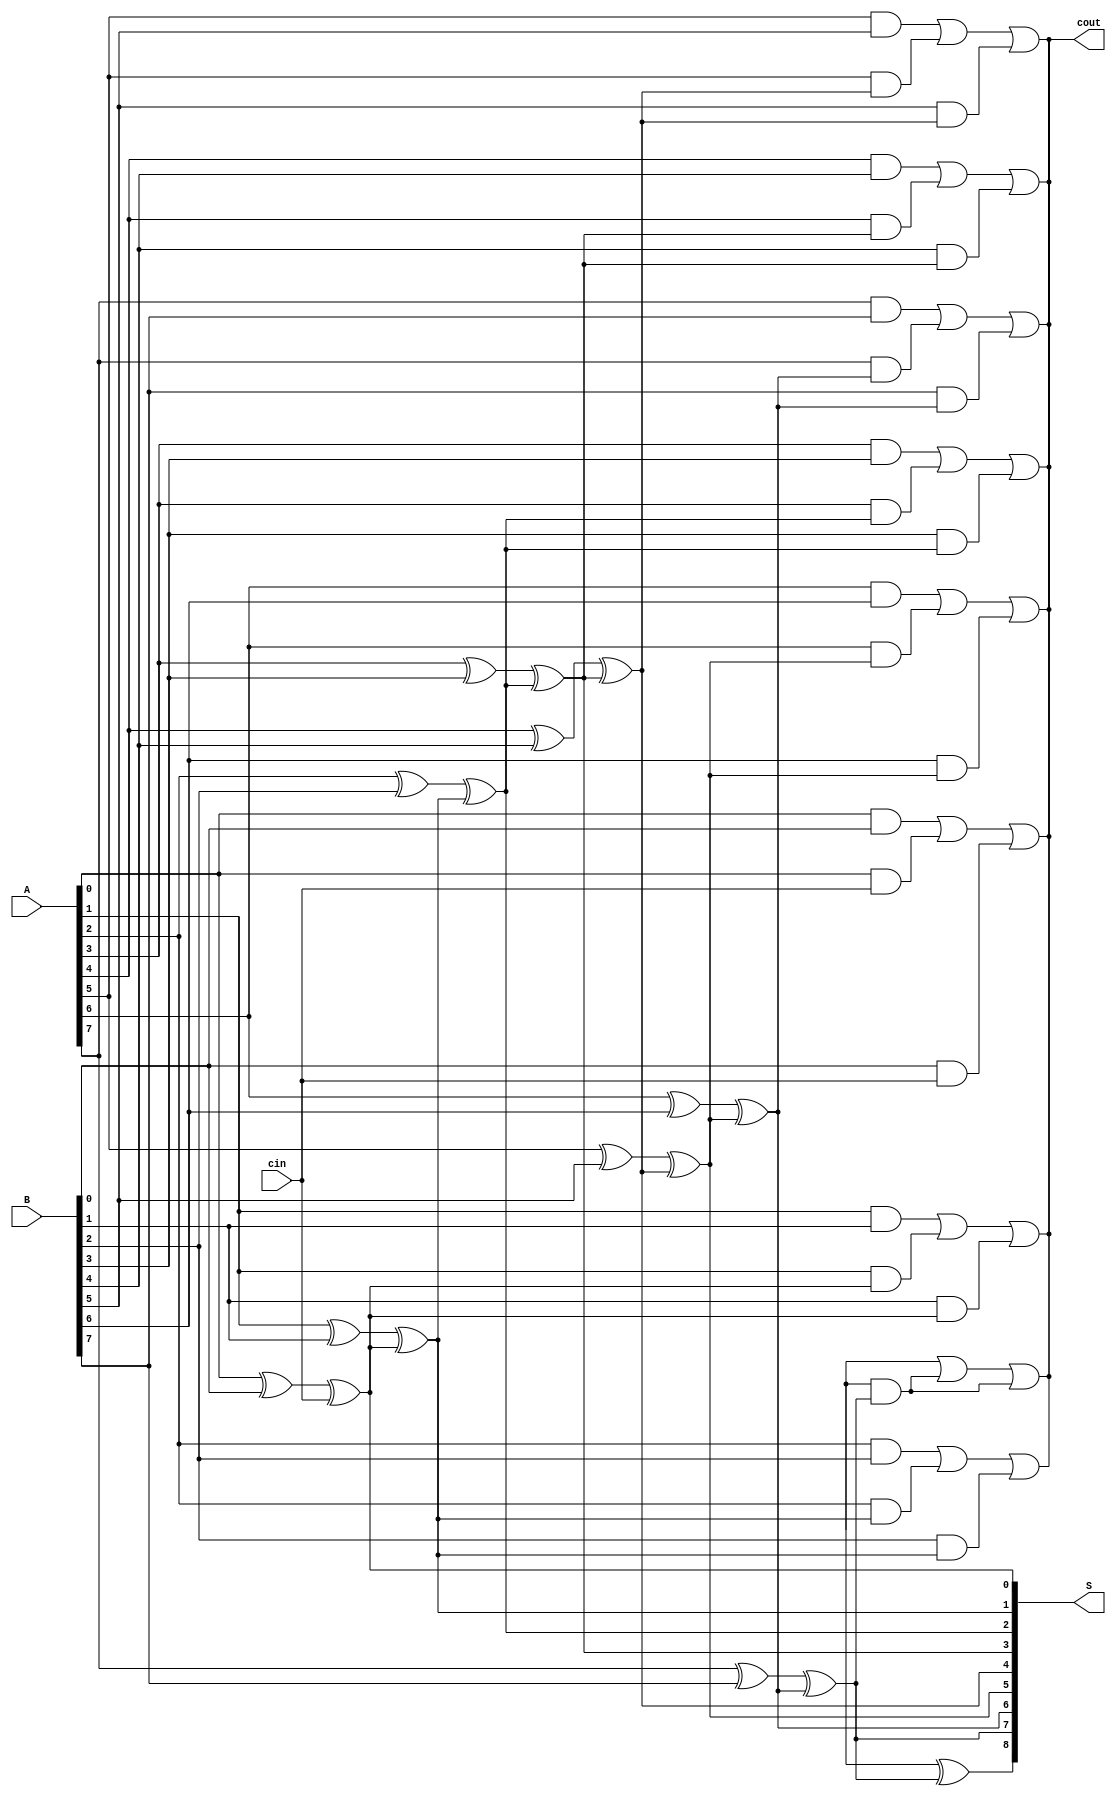
module Kogge_Stone_Adder(
  input [7:0] A,
  input [7:0] B,
  input cin,
  output reg [8:0] S,
  output reg cout
);

// Stage 0
assign S[0] = A[0] ^ B[0] ^ cin;
assign cout = (A[0] & B[0]) | (A[0] & cin) | (B[0] & cin);

// Combitional Logic Block for remaining stages
genvar i;
for(i = 1; i < 9; i = i+1) begin
  assign S[i] = A[i] ^ B[i] ^ S[i-1];
  assign cout = (A[i] & B[i]) | (A[i] & S[i-1]) | (B[i] & S[i-1]);
end

endmodule